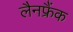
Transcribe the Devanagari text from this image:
लैनफ्रैंक